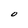
Character: O